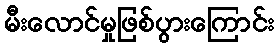
မီးလောင်မှုဖြစ်ပွားကြောင်း